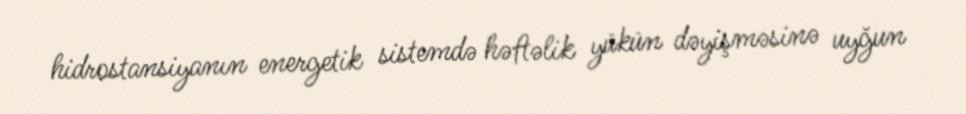
hidrostansiyanın energetik sistemdə həftəlik yükün dəyişməsinə uyğun